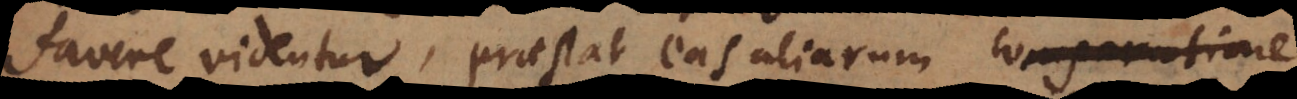
favere videntur, praestat eas aliarum comparatione